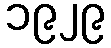
၁၉၂၉